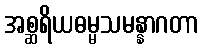
အစ္ဆရိယဓမ္မသမန္နာဂတာ